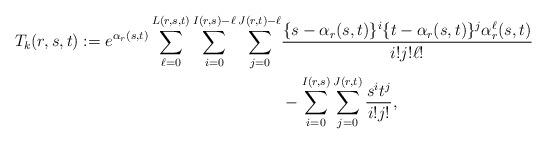
LaTeX: \begin{align*}T_k(r,s,t) := e^{\alpha_r(s,t)} \sum_{\ell=0}^{L(r,s,t)} \sum_{i=0}^{I(r,s)-\ell} \sum_{j=0}^{J(r,t)-\ell} &\frac{\{s-\alpha_r(s,t)\}^i \{t-\alpha_r(s,t)\}^j \alpha_r^\ell(s,t)}{i! j! \ell!} \\& - \sum_{i=0}^{I(r,s)} \sum_{j=0}^{J(r,t)} \frac{s^it^j}{i! j!},\end{align*}